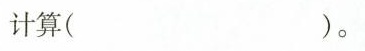
计算( )